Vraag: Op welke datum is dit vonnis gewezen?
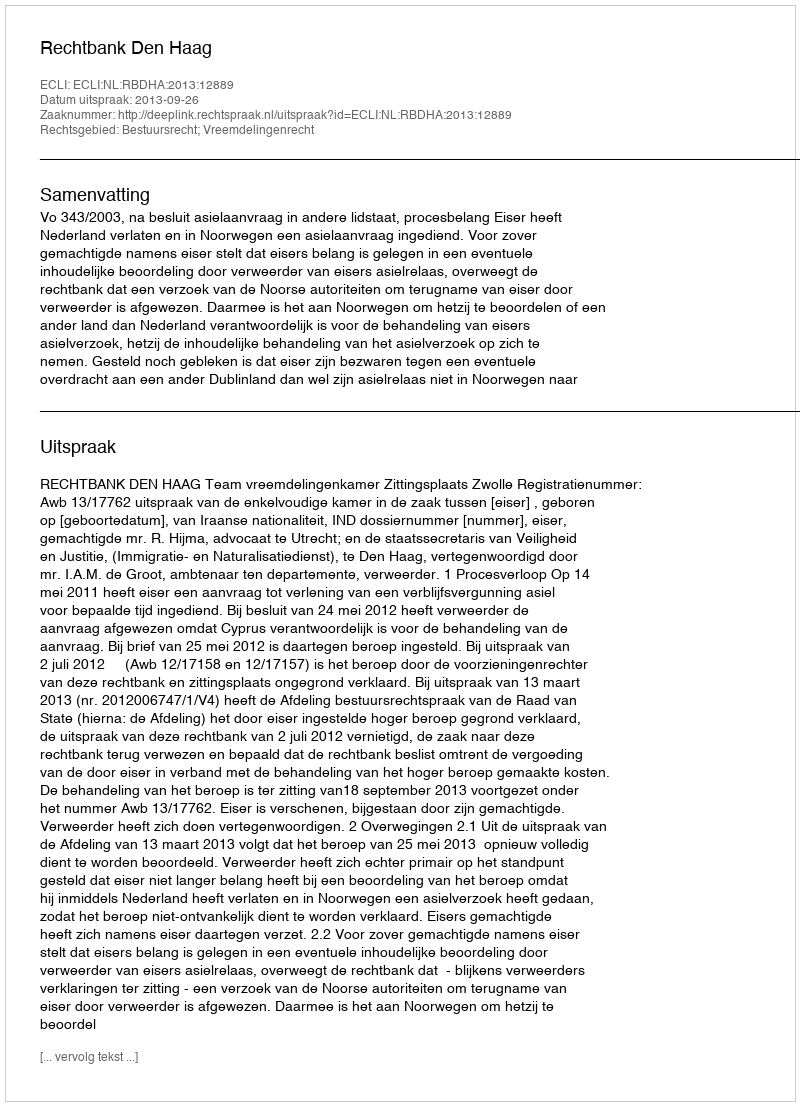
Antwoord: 2013-09-26